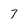
Character: 7